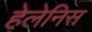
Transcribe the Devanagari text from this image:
हेलेनिस